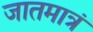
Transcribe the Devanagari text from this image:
जातमात्रं